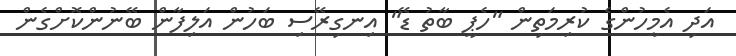
އަދި އެމީހުންގެ ކުރިމަތިން "ހެޕީ ބާތު ޑޭ" އިނގިރޭސި ބަހުން އަލިފާން ބޭނުންކޮށްގެން